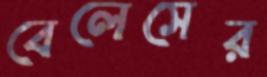
বেলেসের